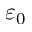
\varepsilon _ { 0 }